Report of veterinary surgeon J.H. Steel, A.V.D., on his investigation into an obscure and fatal disease among transport mules in British Burma
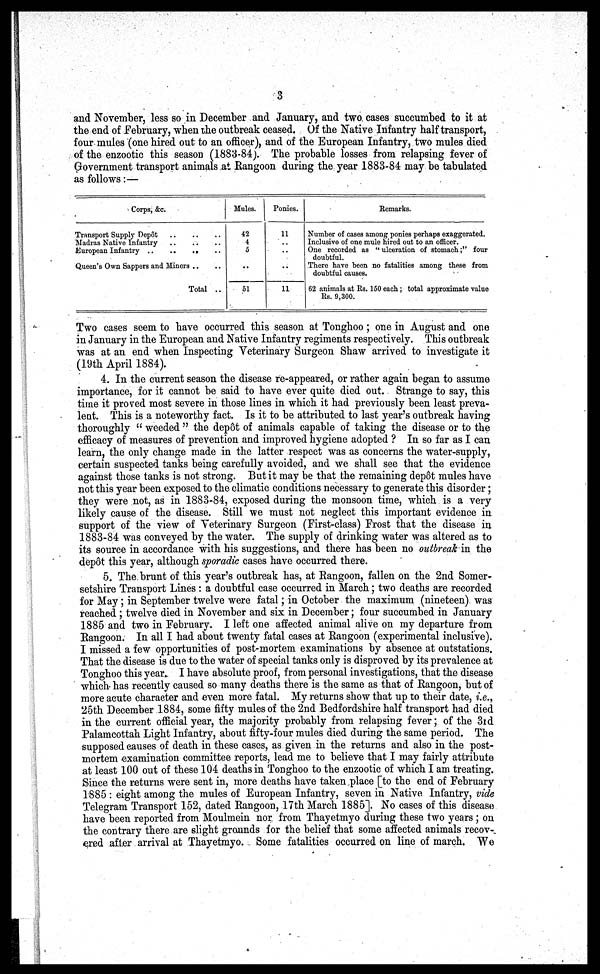
3
and November, less so in December and January, and two cases succumbed to it at
the end of February, when the outbreak ceased. Of the Native Infantry half transport,
four mules (one hired out to an officer), and of the European Infantry, two mules died
of the enzootic this season (1883-84). The probable losses from relapsing fever of
Government transport animals at Rangoon during the year 1883-84 may be tabulated
as follows:—
Corps, &c.
Transport Supply Depot
Madras Native Infantry
Queen's Own Sappers and Miners
Total ..
Mules.
42
4
5
..
..
51
Ponies.
11
..
..
.. ..
11
Remarks.
Number of cases among ponies perhaps exaggerated.
Inclusive of one mule hired out to an officer.
One recorded as "ulceration of stomach;" four
doubtful.
There have been no fatalities among these from
doubtful causes.
62 animals at Rs. 150 each; total approximate value
RS. 9,300.
Two cases seem to have occurred this season at Tonghoo ; one in August and one
in January in the European and Native Infantry regiments respectively. This outbreak
was at an end when Inspecting Veterinary Surgeon Shaw arrived to investigate it
(19th April 1884).
4. In the current season the disease re-appeared, or rather again began to assume
importance, for it cannot be said to have ever quite died out. Strange to say, this
time it proved most severe in those lines in which it had previously been least preva-
lent. This is a noteworthy fact. Is it to be attributed to last year's outbreak having
thoroughly " weeded " the dep6t of animals capable of taking the disease or to the
efficacy of measures of prevention and improved hygiene adopted ? In so far as I can
learn, the only change made in the latter respect was as concerns the water-supply,
certain suspected tanks being carefully avoided, and we shall see that the evidence
against those tanks is not strong. But it may be that the remaining dep6t mules have
not this year been exposed to the climatic conditions necessary to generate this disorder ;
they were not, as in 1883-84, exposed during the monsoon time, which is a very
likely cause of the disease. Still we must not neglect this important evidence in
support of the view of Veterinary Surgeon (First-class) Frost that the disease in
1883-84 was conveyed by the water. The supply of drinking water was altered as to
its source in accordance with his suggestions, and there has been no outbreak in the
dep6t this year, although sporadic cases have occurred there.
5. The brunt of this year's outbreak has, at Rangoon, fallen on the 2nd Somer-
setshire Transport Lines : a doubtful case occurred in March; two deaths are recorded
for May; in September twelve were fatal; in October the maximum (nineteen) was
reached; twelve died in November and six in December ; four succumbed in January
1885 and two in February. I left one affected animal alive on my departure from
Rangoon. In all I had about twenty fatal cases at Rangoon (experimental inclusive).
I missed a few opportunities of post-mortem examinations by absence at outstations.
That the disease is due to the water of special tanks only is disproved by its prevalence at
Tonghoo this year. I have absolute proof, from personal investigations, that the disease
which- has recently caused so many deaths there is the same as that of Rangoon, but of
more acute character and even more fatal. My returns show that up to their date, i.e.,
25th December 1884, some fifty mules of the 2nd Bedfordshire half transport had died
in the current official year, the majority probably from relapsing fever ; of the 3rd
Palamcottah Light Infantry, about fifty-four mules died during the same period. The
supposed causes of death in these cases, as given in the returns and also in the post-
mortem examination committee reports, lead me to believe that I may fairly attribute
at least 100 out of these 104 deaths in Tonghoo to the enzootic of which I am treating.
Since the returns were sent in, more deaths have taken place [to the end of February
1885 : eight among the mules of European Infantry, seven in Native Infantry, vide
Telegram Transport 152, dated Rangoon, 17th March 1885]. No cases of this disease
have been reported from Moulmein nor from Thayetmyo during these two years ; on
the contrary there are slight grounds for the belief that some
animals recov-
ered after arrival at Thayetmyo. Some fatalities occurred on line of march. We